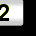
Digit: 2